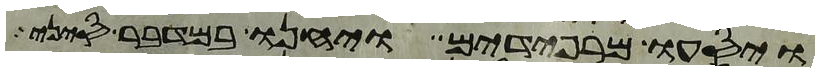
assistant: ויסעו מרפידים ויחנו במדבר סיני